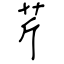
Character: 芹